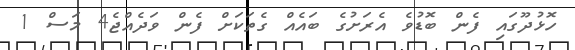
ހޮޅުދޫގައި ފެން ބޮޑުވެ އެރަށުގެ ބައެއް ގެތަކަށް ފެން ވަދެއްޖެ4 މަސް 1